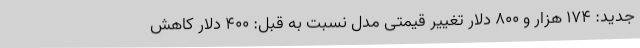
جدید: 174 هزار و 800 دلار تغییر قیمتی مدل نسبت به قبل: 400 دلار کاهش